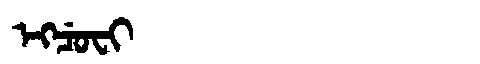
Manchu: ᡝᡴᠴᡠᠸᡳ
Romanization: EKCUFI